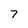
Character: 7